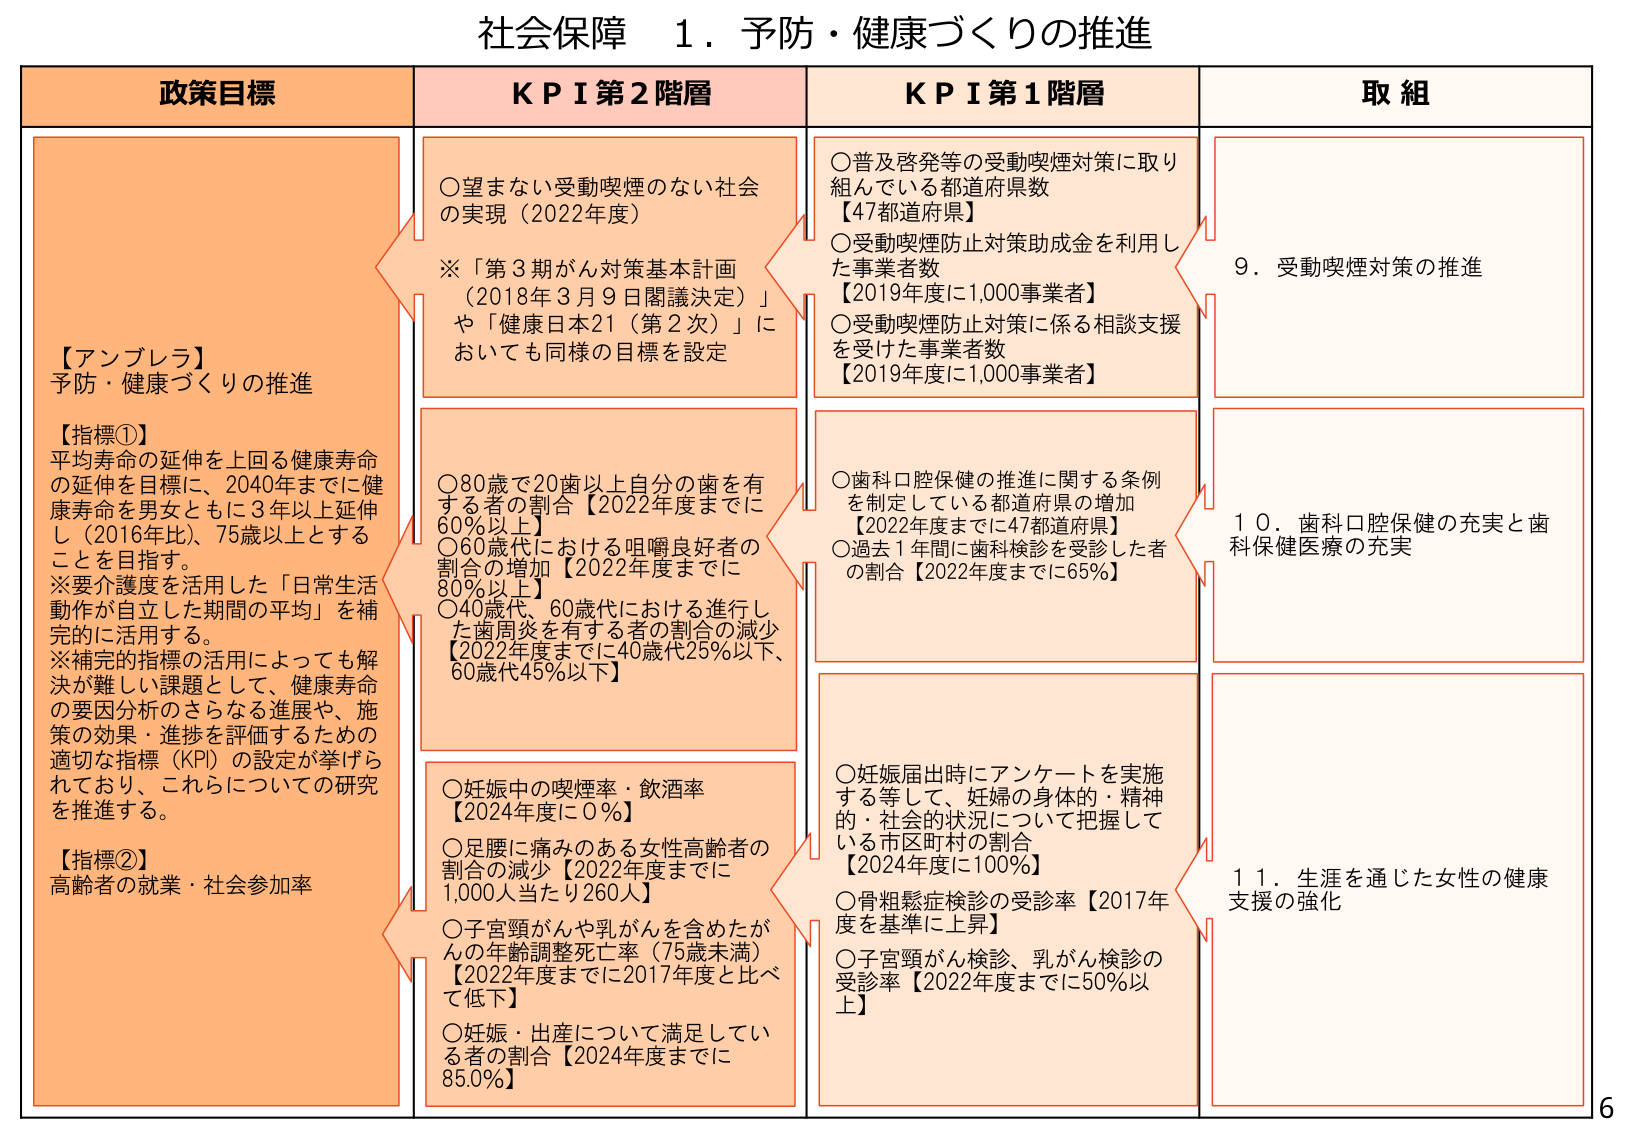
社会保障 1．予防・健康づくりの推進

政策目標

【アンブレラ】
予防・健康づくりの推進

【指標①】
平均寿命の延伸を上回る健康寿命
の延伸を目指し、2040年までに健
康寿命を男女ともに3年以上延伸
し（2016年比）、75歳以上とする
ことを目指す。
※要介護度を活用した「日常生活
動作が自立した期間の平均」を補
完的に活用する。
※補完的指標の活用によっても解
決が難しい課題として、健康寿命
の要因分析のさらなる進展や、施
策の効果・進捗を評価するための
適切な指標（KPI）の設定が挙げら
れており、これらについての研究
を推進する。

【指標②】
高齢者の就業・社会参加率

KPI 第2階層

○望まない受動喫煙のない社会
の実現（2022年度）
※「第3期がん対策基本計画
（2018年3月9日閣議決定）」
や「健康日本21（第2次）」に
おいても同様の目標を設定

○80歳で20歯以上自分の歯を有
する者の割合【2022年度までに
60％以上】
○60歳代における咀嚼良好者の
割合の増加【2022年度までに
80％以上】
○40歳代、60歳代における進行し
た歯周炎を有する者の割合の減少
【2022年度までに40歳代25％以下、
60歳代45％以下】

○妊娠中の喫煙率・飲酒率
【2024年度に0％】
○足腰に痛みのある女性高齢者の
割合の減少【2022年度までに
1,000人当たり260人】
○子宮頸がんや乳がんを含めたが
んの年齢調整死亡率（75歳未満）
【2022年度までに2017年度と比べ
て低下】
○妊娠・出産について満足してい
る者の割合【2024年度までに
85.0％】

KPI 第1階層

○普及啓発等の受動喫煙対策に取り
組んでいる都道府県数
【47都道府県】
○受動喫煙防止対策助成金を利用し
た事業者数
【2019年度に1,000事業者】
○受動喫煙防止対策に係る相談支援
を受けた事業者数
【2019年度に1,000事業者】

○歯科口腔保健の推進に関する条例
を制定している都道府県の増加
【2022年度までに47都道府県】
○過去1年間に歯科検診を受診した者
の割合【2022年度までに65％】

○妊娠届出時にアンケートを実施
する等して、妊婦の身体的・精神
的・社会的状況について把握して
いる市区町村の割合
【2024年度に100％】
○骨粗鬆症検診の受診率【2017年
度を基準に上昇】
○子宮頸がん検診、乳がん検診の
受診率【2022年度までに50％以
上】

取組

9．受動喫煙対策の推進

10．歯科口腔保健の充実と歯
科保健医療の充実

11．生涯を通じた女性の健康
支援の強化

6